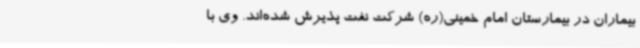
بیماران در بیمارستان امام خمینی(ره) شرکت نفت پذیرش شده‌اند. وی با